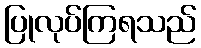
ပြုလုပ်ကြရသည်